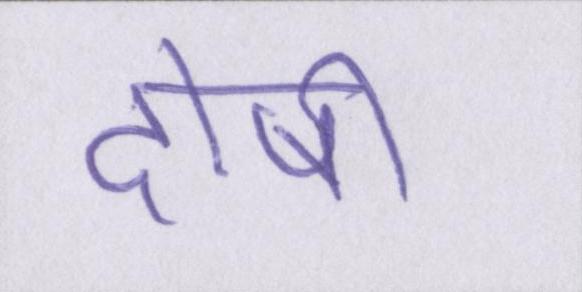
दोषी